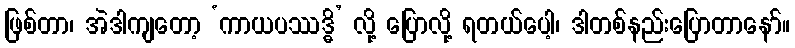
ဖြစ်တာ၊ အဲဒါကျတော့ ‘ကာယပဿဒ္ဓိ’ လို့ ပြောလို့ ရတယ်ပေါ့၊ ဒါတစ်နည်းပြောတာနော်။